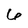
Character: 6